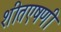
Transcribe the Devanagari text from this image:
शीतएषणी